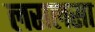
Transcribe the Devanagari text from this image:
लसलसा